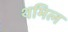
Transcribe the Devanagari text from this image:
थमिल